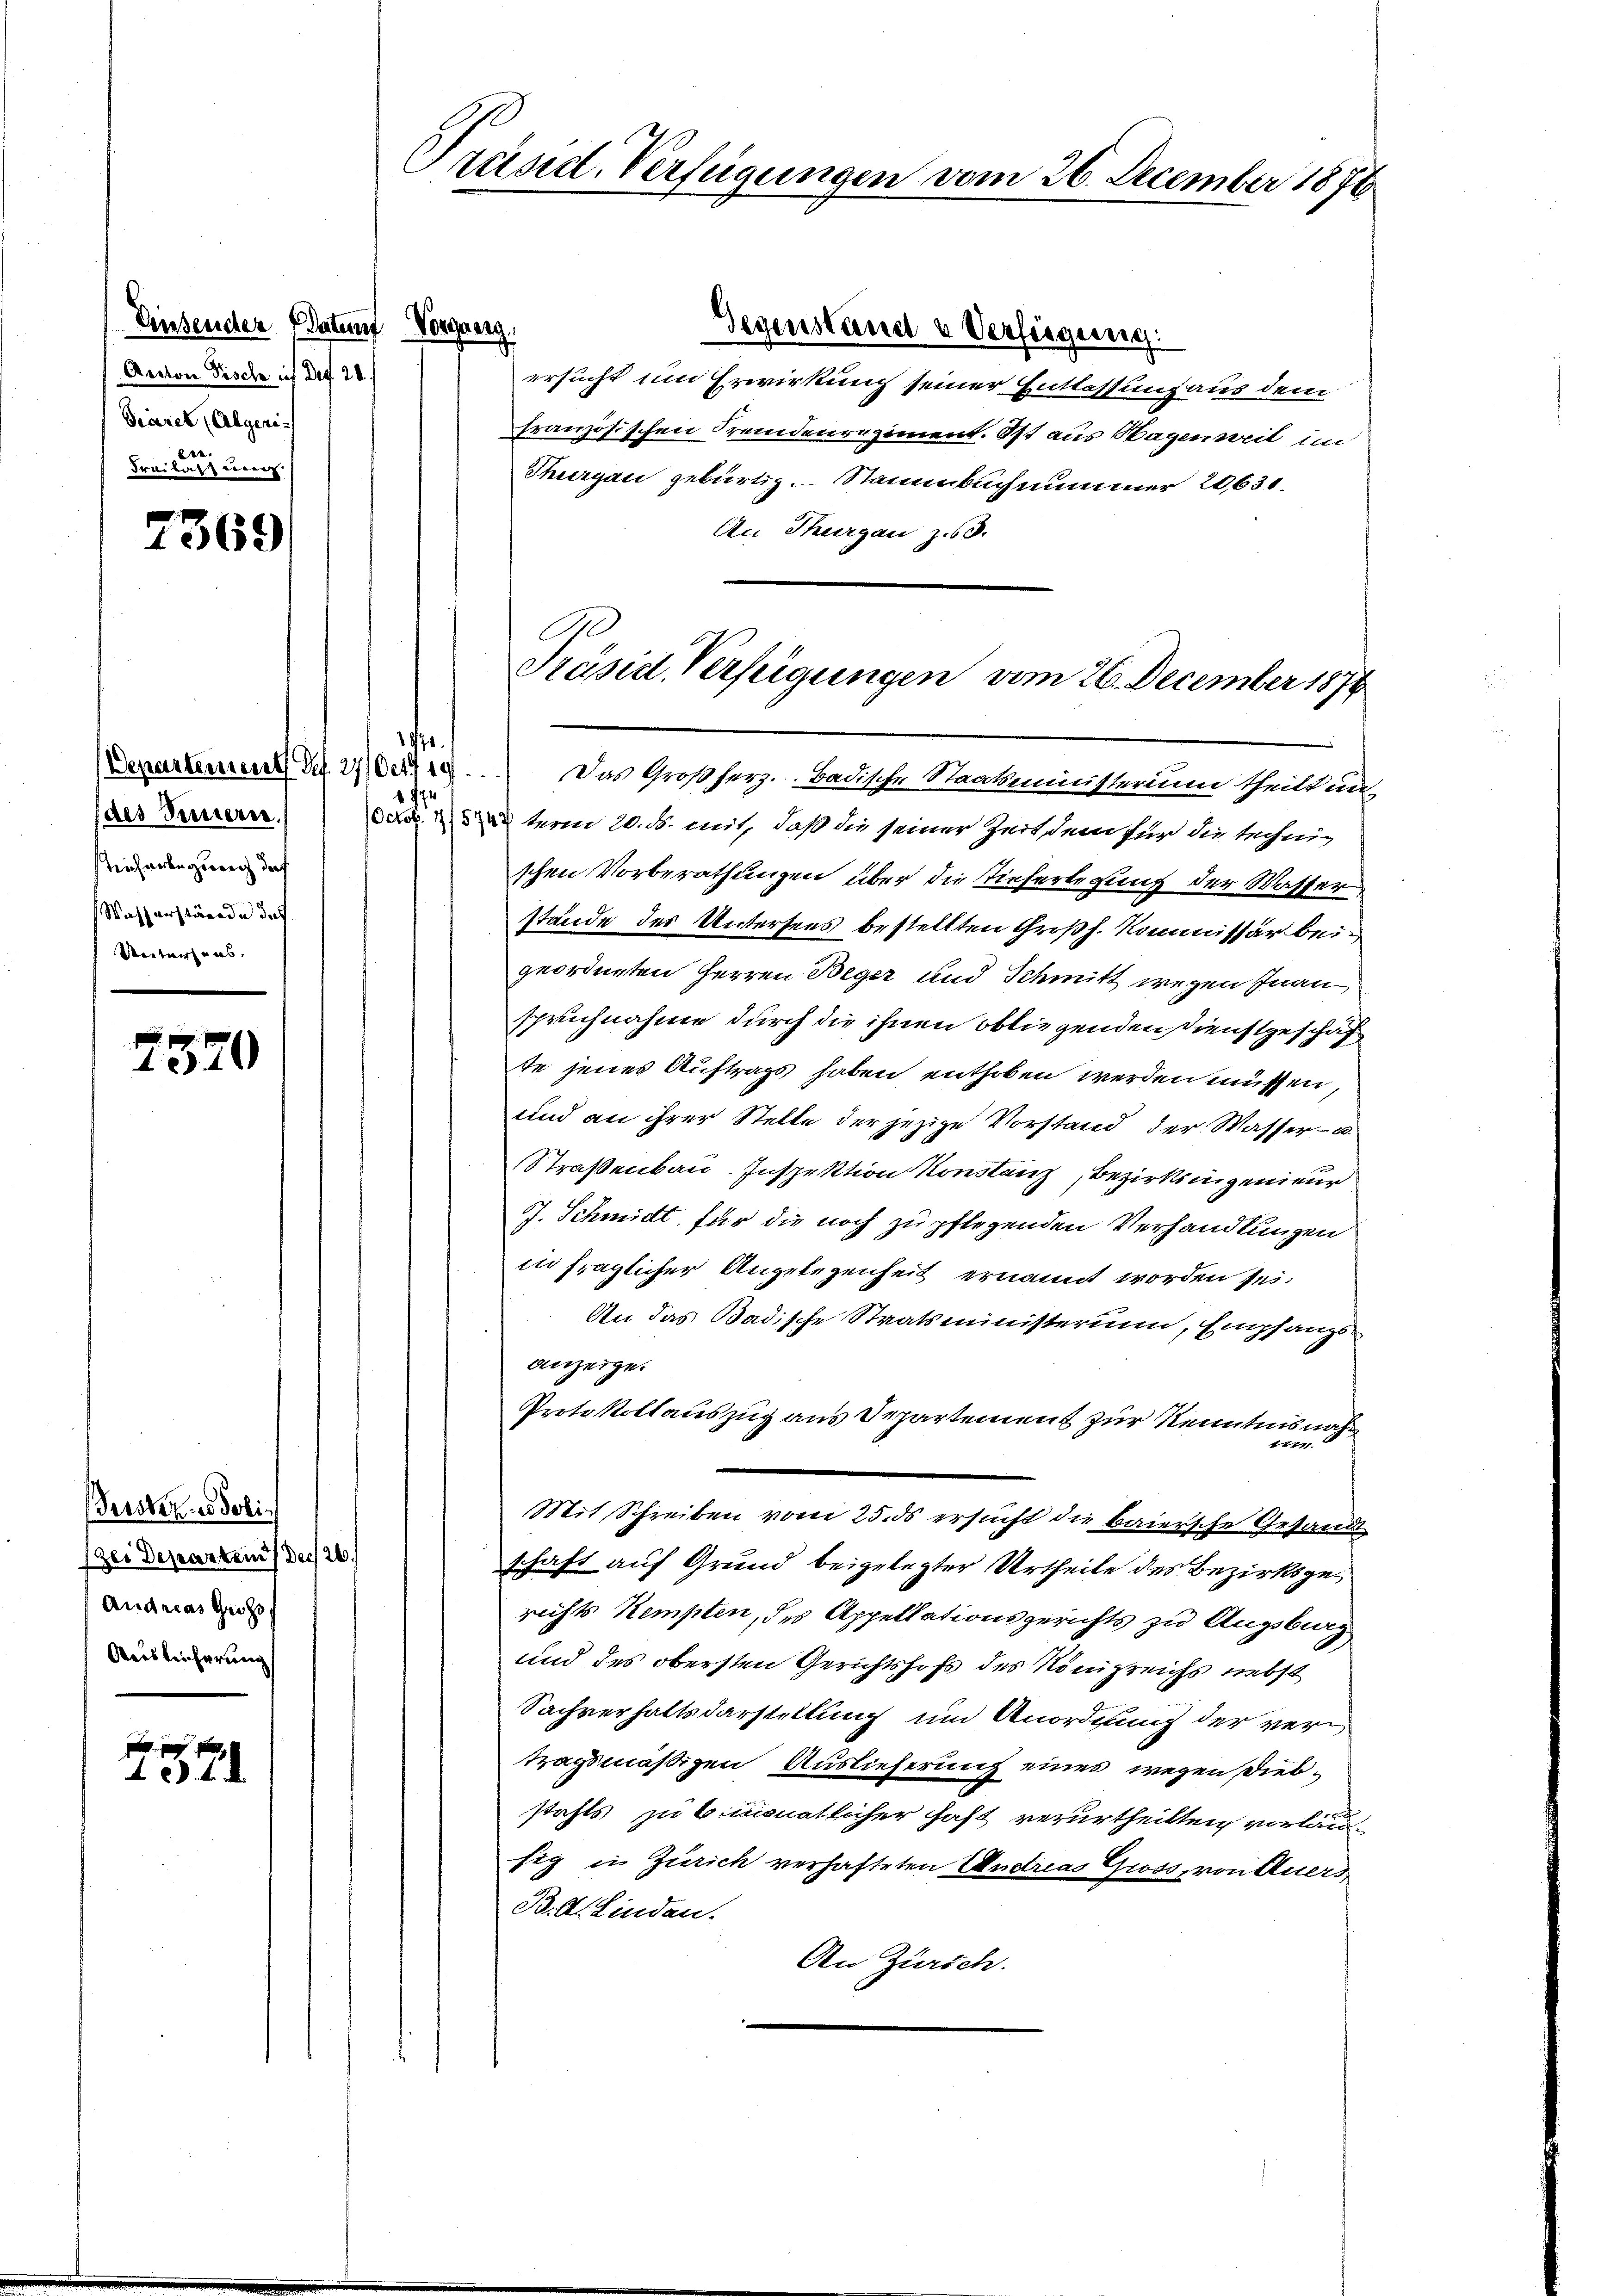
Einsender Platen Vorgang.
Anton Fische ich Dez. 28.
Viarek (Algerich
Frailanz wer

2369.

(des Innern.
Teicherbegreich daf
Wasserstände des
Ventuiruns,

7320

Beister.  Joli¬
Zei Departen der 26.
Andreas Gross
Ausleicherung

. . .

Präsid. Verfügungen vom 26. December 1876

Gegenstand u Verfügung
ersucht um Erwirkung seiner Entlassung aus dem
französischen Fremdenregiment. Ist aus Wagenweit im
Thurgau gebürtig. Stammbuch nimmer 20631.
An Thurgau zu.
e
Derarteme der Dir. Das Großherz. Badische Staatmensterim theilt un
1 Jan
term 20. ds. mit, daß die seiner Zeit dem für die technig
schen Vorberathungen über die Tieferlegung der Wasser
stände des Untersees bestellten Großh. Kommissär beigeordneten Herren Beger und Schmitt wegen Inan
spruchnahme durch die ihnen obliegenden Dienstgeschäf
te jenes Auftrags haben enthoben werden müssen,
und an ihrer Stelle der jezige Vorstand der Wasser- u
Straßenbau-Inspektion Konstanz, Bezirksingenieur
J. Schmidt, für die noch zu pflegenden Verhandlungen
in fraglicher Angelegenheit ernannt worden sei.
An das Badische Staatsministerium, Empfangs-
anzeige.
Protokollauszug aus Departement zur Kenntnisnah¬
11771.
Mit Schreiben vom 25. ds ersucht die baiersche Gesandt
schaft auf Grund beigelegter Urtheile des Bezirksgerichts Kempten, des Appellationsgerichts zu Augsburg
und des obersten Gerichtshofs des Königreichs nebst
Sachverhaltsdarstellung und Anordnung der vertragsmäßigen Auslieferung eines wegen Diebstahls zu bimonatlicher haft verurtheilten vorläusig in Zürich verhafteten Andreas Gross, von Auers¬
B. d. Linden.
An Zürich.

Präsid. Verfügungen vom 26. December 1876